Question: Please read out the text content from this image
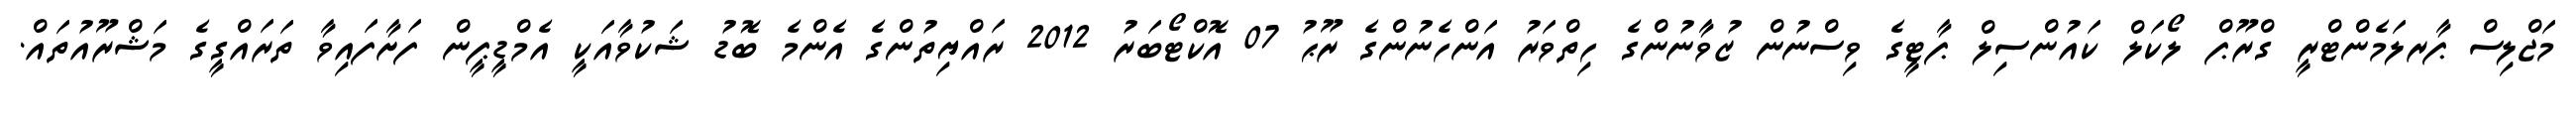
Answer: މަޖްލިސް ޕާރލަމެންޓްރީ ގްރޫޕް ލޯކަލް ކައުންސިލް ޕާޓީގެ ވިސްނުން ޒުވާނުންގެ ހިތްވަރު އަންހެނުންގެ ރޫޙު 07 އޮކްޓޯބަރު 2012 ރައްޔިތުންގެ އެންމެ ބޮޑު ޝަކުވާއަކީ އެމްޑީޕީން ފަށާފައިވާ ތަރައްގީގެ މަޝްރޫއުތައް.